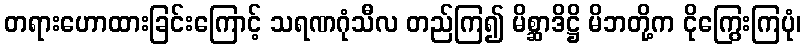
တရားဟောထားခြင်းကြောင့် သရဏဂုံသီလ တည်ကြ၍ မိစ္ဆာဒိဋ္ဌိ မိဘတို့က ငိုကြွေးကြပုံ၊